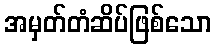
အမှတ်တံဆိပ်ဖြစ်သော